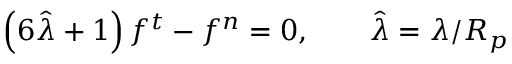
\left( 6 \hat { \lambda } + 1 \right) f ^ { t } - f ^ { n } = 0 , \qquad \hat { \lambda } = \lambda / R _ { p }